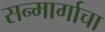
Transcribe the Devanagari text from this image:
सन्मार्गाचा